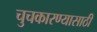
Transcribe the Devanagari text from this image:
चुचकारण्यासाठी